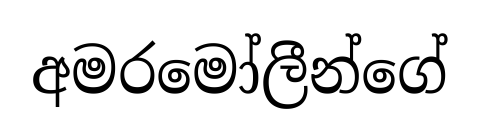
අමරමෝලීන්ගේ